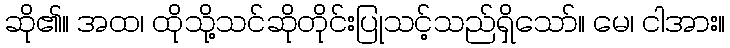
ဆို၏။ အထ၊ ထိုသို့သင်ဆိုတိုင်းပြုသင့်သည်ရှိသော်။ မေ၊ ငါအား။